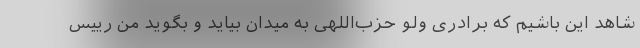
شاهد این باشیم که برادری ولو حزب‌اللهی به میدان بیاید و بگوید من رییس